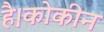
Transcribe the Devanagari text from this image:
है।कोकीन